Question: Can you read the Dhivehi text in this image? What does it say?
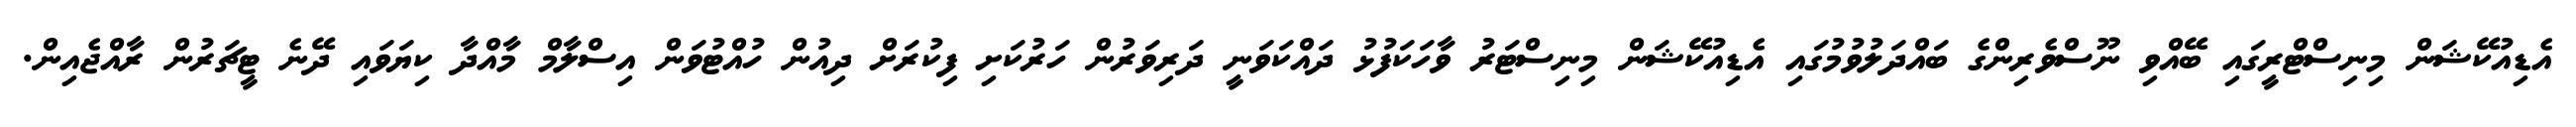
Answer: އެޑިއުކޭޝަން މިނިސްޓްރީގައި ބޭއްވި ނޫސްވެރިންގެ ބައްދަލުވުމުގައި އެޑިއުކޭޝަން މިނިސްޓަރު ވާހަކަފުޅު ދައްކަވަނީ ދަރިވަރުން ހަރުކަށި ފިކުރަށް ދިއުން ހުއްޓުވަން އިސްލާމް މާއްދާ ކިޔަވައި ދޭނެ ޓީޗަރުން ރާއްޖެއިން.